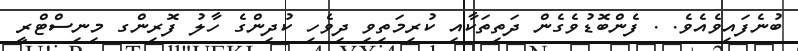
ބުނެފައިވެއެވެ. . ފެންބޮޑުވެގެން ދަތިތަކާއި ކުރިމަތިވި ދިވެހި ކުދިންގެ ހާލު ފޮރިންގ މިނިސްޓްރީ